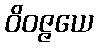
ဝိဝဇ္ဇယေ